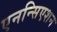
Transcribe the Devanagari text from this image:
एनन्सिएशन